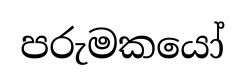
පරුමකයෝ